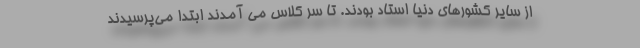
از سایر کشورهای دنیا استاد بودند. تا سر کلاس می آمدند ابتدا می‌پرسیدند